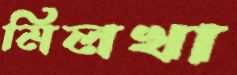
মিলখা